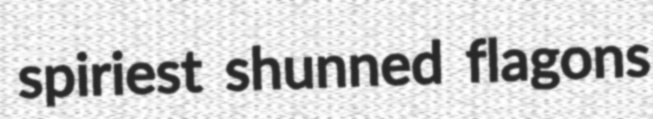
spiriest shunned flagons